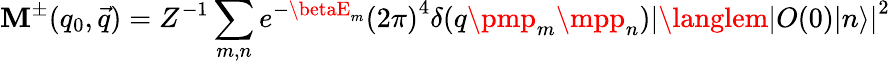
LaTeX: \mathbf{M}^{\pm}(q_{0},\vec{{q}})=Z^{-1}\sum_{m,n}e^{-\betaE_{m}}{(2\pi)}^{4}\delta(q\pmp_{m}\mpp_{n}){|\langlem|O(0)|n\rangle|}^{2}